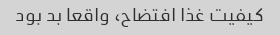
کیفیت غذا افتضاح، واقعا بد بود